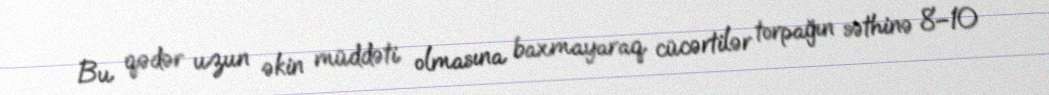
Bu qədər uzun əkin müddəti olmasına baxmayaraq cücərtilər torpağın səthinə 8–10